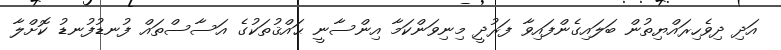
އަދި ދިވެހިރައްޔިތުން ބަލައިގެންފައިވާ ފަރުދީ މިނިވަންކަމާ އިންސާނީ ޙައްޤުތަކުގެ އަސާސްތައް ފުނޑުފުނޑު ކޮށްލާ